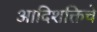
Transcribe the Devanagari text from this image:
आदिशक्तिचे